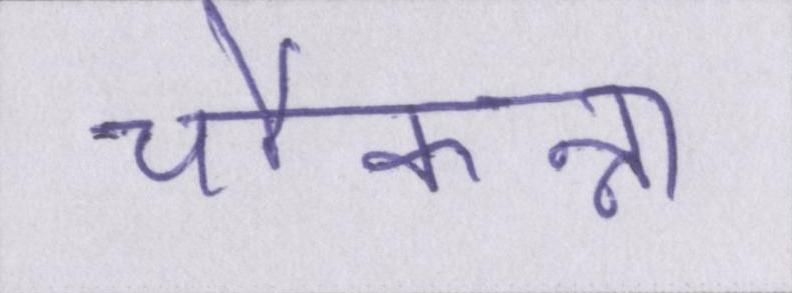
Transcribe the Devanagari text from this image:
चौकन्ना